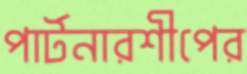
পার্টনারশীপের